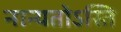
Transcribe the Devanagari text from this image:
नान्यतोऽस्ति